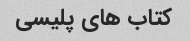
کتاب های پلیسی